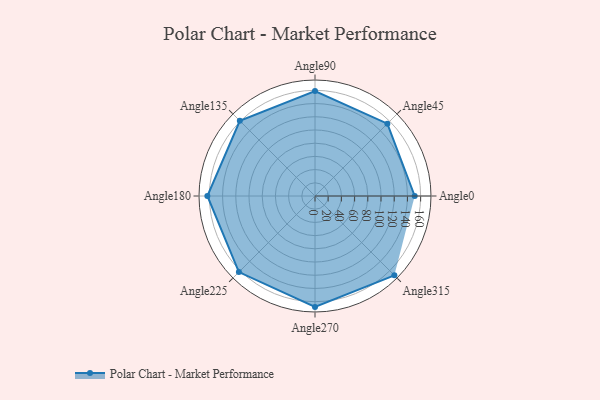
{"axis": {"x": "Angle", "y": "Radius"}, "legend": [""], "data": [{"x": "Angle0", "y": 151.0, "type": ""}, {"x": "Angle45", "y": 155.0, "type": ""}, {"x": "Angle90", "y": 159.0, "type": ""}, {"x": "Angle135", "y": 161.0, "type": ""}, {"x": "Angle180", "y": 163.0, "type": ""}, {"x": "Angle225", "y": 163.0, "type": ""}, {"x": "Angle270", "y": 168.0, "type": ""}, {"x": "Angle315", "y": 170, "type": ""}]}